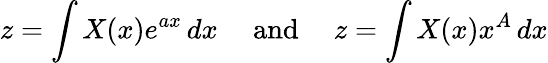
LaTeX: z=\int X(x)e^{ax}\, dx\quad{\mathrm{~and~}}\quad z=\int X(x)x^{A}\, dx